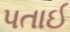
પતાઈ